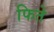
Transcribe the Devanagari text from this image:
फिते